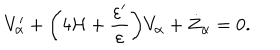
V _ { \alpha } ^ { \prime } + \biggl ( 4 { \cal H } + \frac { \varepsilon ^ { \prime } } { \varepsilon } \biggr ) V _ { \alpha } + \dot { Z } _ { \alpha } = 0 .